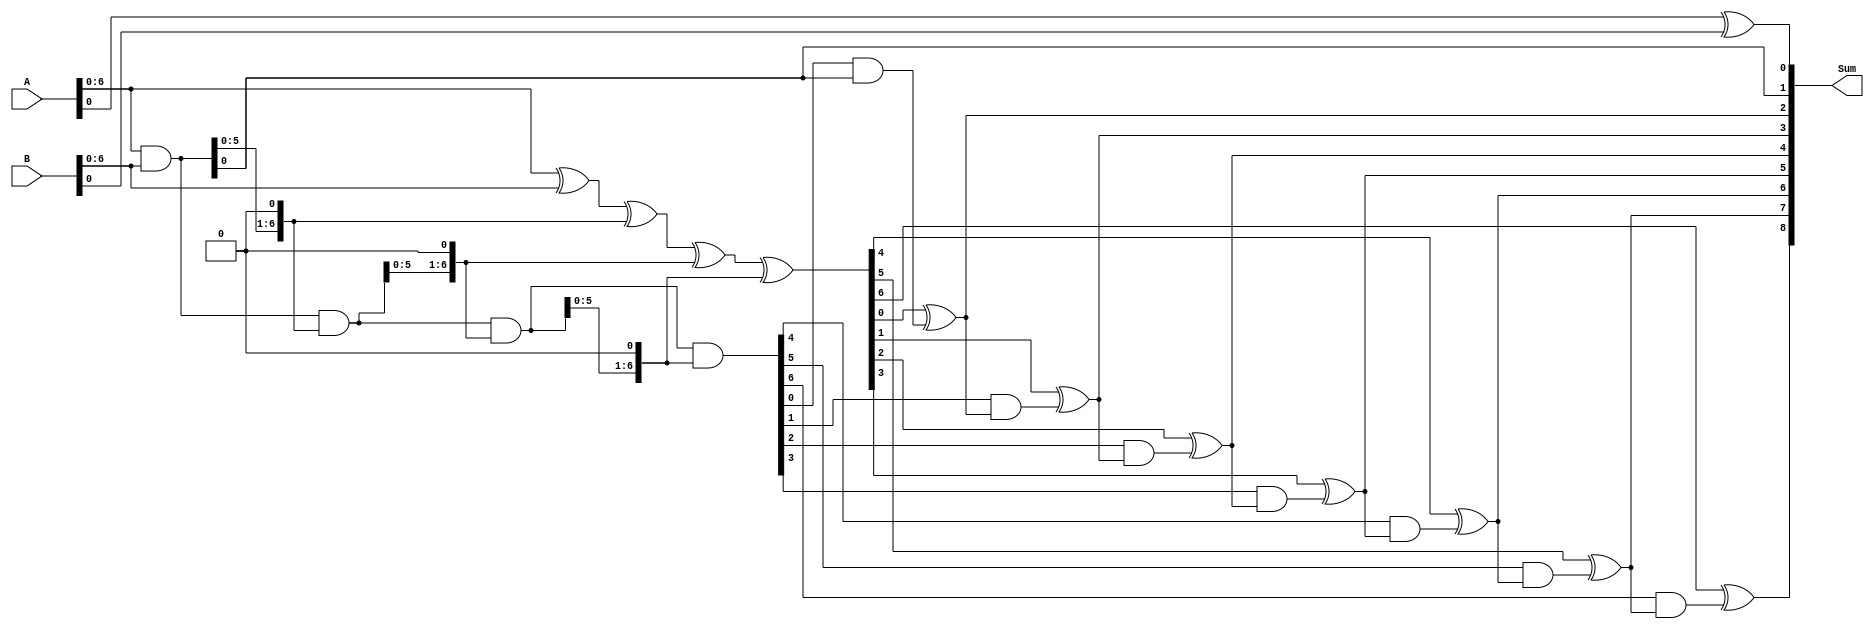
module BrentKungAdder(
  input wire [7:0] A,
  input wire [7:0] B,
  output reg [8:0] Sum
);

reg [7:0] P[3:0];
reg [7:0] G[3:0];

assign P[0] = A ^ B;
assign G[0] = A & B;

genvar i;
generate
  for (i = 1; i < 4; i = i + 1) begin
    assign P[i] = P[i-1] ^ (G[i-1] << 1);
    assign G[i] = G[i-1] & (G[i-1] << 1);
  end
endgenerate

assign Sum[0] = A[0] ^ B[0];
assign Sum[1] = G[0];

genvar j;
generate
  for (j = 1; j < 8; j = j + 1) begin
    assign Sum[j+1] = P[3][j-1] ^ (G[3][j-1] & Sum[j]);
  end
endgenerate

endmodule